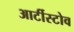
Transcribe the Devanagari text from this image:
आर्टीस्टोव